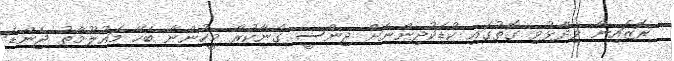
ރޮޒައިނާ ވިދާޅުވި ގޮތުގައި ކުޑަކުދިންނަށް ޖިންސީ ގޯނާކުރާ މީހުންނާ ބެހޭ މައުލޫމާތު ޖެންޑަ